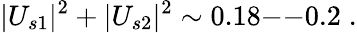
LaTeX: |U_{s1}|^{2}+|U_{s2}|^{2}\sim 0.18\mathrm{--}0.2\; .